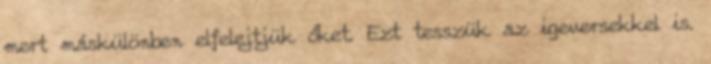
mert máskülönben elfelejtjük őket. Ezt tesszük az igeversekkel is.